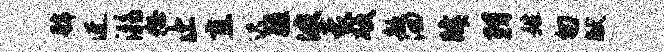
虢迓溺恕止直迟疆波蒙硬歆洄肄羽姓匆献